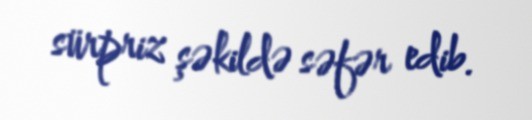
sürpriz şəkildə səfər edib.